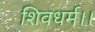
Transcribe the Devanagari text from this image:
शिवधर्म।।